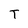
Character: T